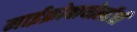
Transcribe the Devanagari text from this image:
माईक्रोबायोलॉजी